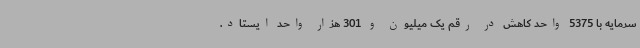
سرمایه با 5375 واحد کاهش در رقم یک میلیون و 301 هزار واحد ایستاد.